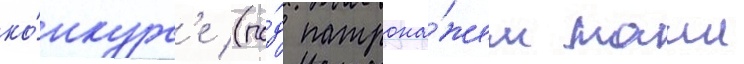
ко́нкурс'е (по́д патрона́жем маии